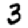
Digit: 3